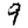
Digit: 9